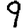
Digit: 9